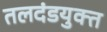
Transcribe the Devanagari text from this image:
तलदंडयुक्त